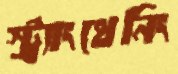
স্ট্র্যাংথেনিং